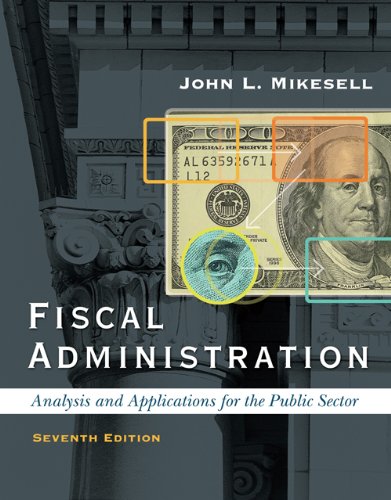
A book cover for Fiscal Administration: Analysis and Applications for the Public Sector, 7th Edition; John L. Mikesell; Business & Money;